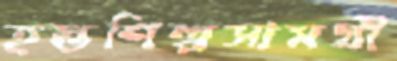
হস্তশিল্পসামগ্রী